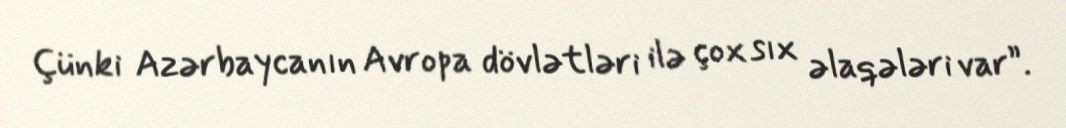
Çünki Azərbaycanın Avropa dövlətləri ilə çox sıx əlaqələri var”.